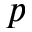
p